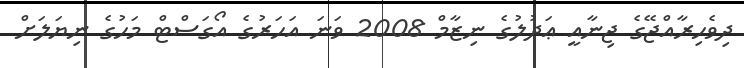
ދިވެހިރާއްޖޭގެ ޖިނާއީ ޢަދުލުގެ ނިޒާމް 2008 ވަނަ އަހަރުގެ އޯގަސްޓް މަހުގެ ނިޔަލަށް